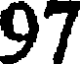
97